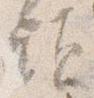
頭